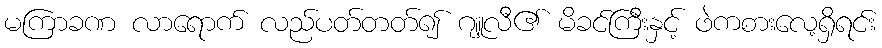
မကြာခဏ လာရောက် လည်ပတ်တတ်၍ ဂျူလီ၏ မိခင်ကြီးနှင့် ဖဲကစားလေ့ရှိရင်း